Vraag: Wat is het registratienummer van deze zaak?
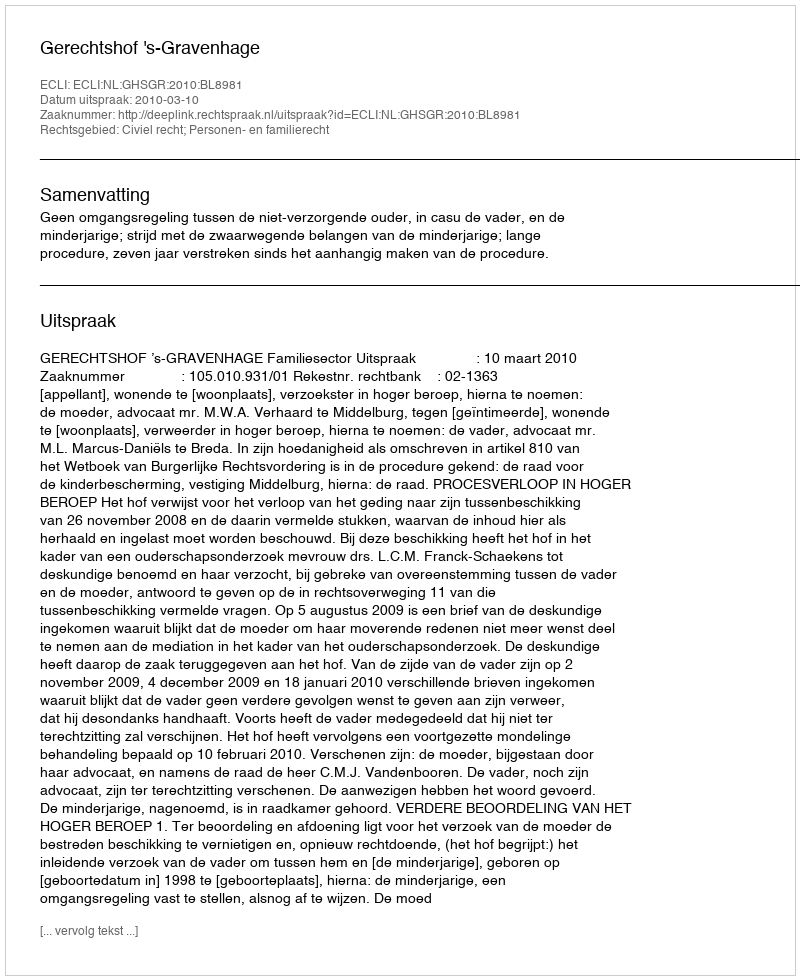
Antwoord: http://deeplink.rechtspraak.nl/uitspraak?id=ECLI:NL:GHSGR:2010:BL8981